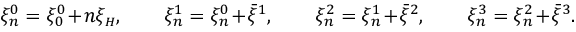
\begin{array} { r } { \xi _ { n } ^ { 0 } = \xi _ { 0 } ^ { 0 } \! + \! n \xi _ { { \scriptscriptstyle H } } , \qquad \xi _ { n } ^ { 1 } = \xi _ { n } ^ { 0 } \! + \! \bar { \xi } ^ { 1 } , \qquad \xi _ { n } ^ { 2 } = \xi _ { n } ^ { 1 } \! + \! \bar { \xi } ^ { 2 } , \qquad \xi _ { n } ^ { 3 } = \xi _ { n } ^ { 2 } \! + \! \bar { \xi } ^ { 3 } . } \end{array}